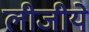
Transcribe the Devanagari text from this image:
लीजीये